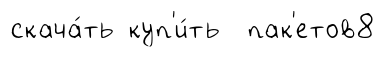
скача́ть куп'и́ть пак'етов8